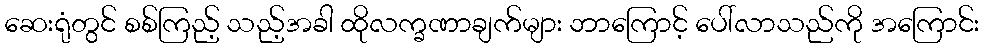
ဆေးရုံတွင် စစ်ကြည့် သည့်အခါ ထိုလက္ခဏာချက်များ ဘာကြောင့် ပေါ်လာသည်ကို အကြောင်း